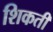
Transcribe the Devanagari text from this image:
शिकती